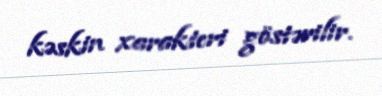
kəskin xarakteri göstərilir.